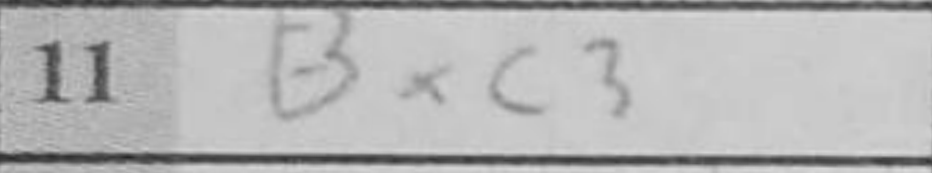
Transcription: Bxc3